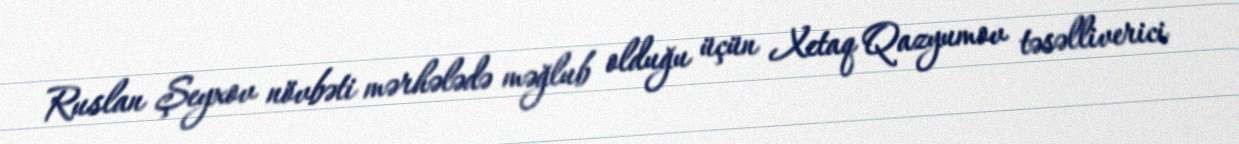
Ruslan Şeyxov növbəti mərhələdə məğlub olduğu üçün Xetaq Qazyumov təsəlliverici